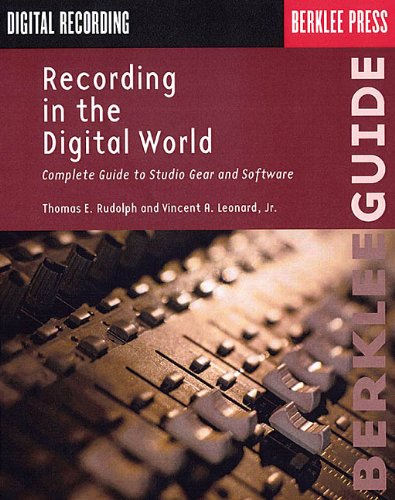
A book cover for Recording in the Digital World: Complete Guide to Studio Gear and Software (Berklee Guide); Thomas E. Rudolph; Crafts, Hobbies & Home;